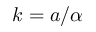
k = a / \alpha